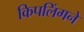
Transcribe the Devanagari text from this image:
किपलिंगने